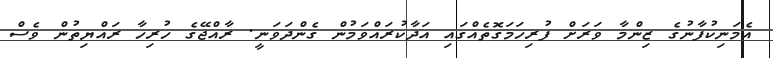
އެމަނިކުފާނުގެ ޒިންމާ ވަރަށް ފުރިހަމަގޮތެއްގައި އަދާކުރައްވަމުން ގެންދަވަނީ. ރާއްޖޭގެ ހުރިހާ ރައްޔިތުން ވެސް